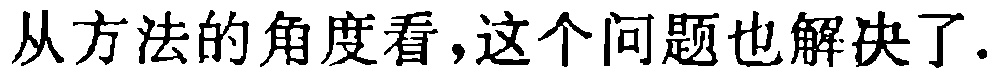
从方法的角度看,这个问题也解决了.